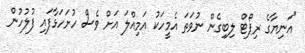
"އަނިޔާގެ ރިޕޯޓް ލިބިގެން ނުވަތަ އެމީހަކު އަމިއްލަ އަށް ވެސް ހުށަހަޅާފައި ފުލުހުން